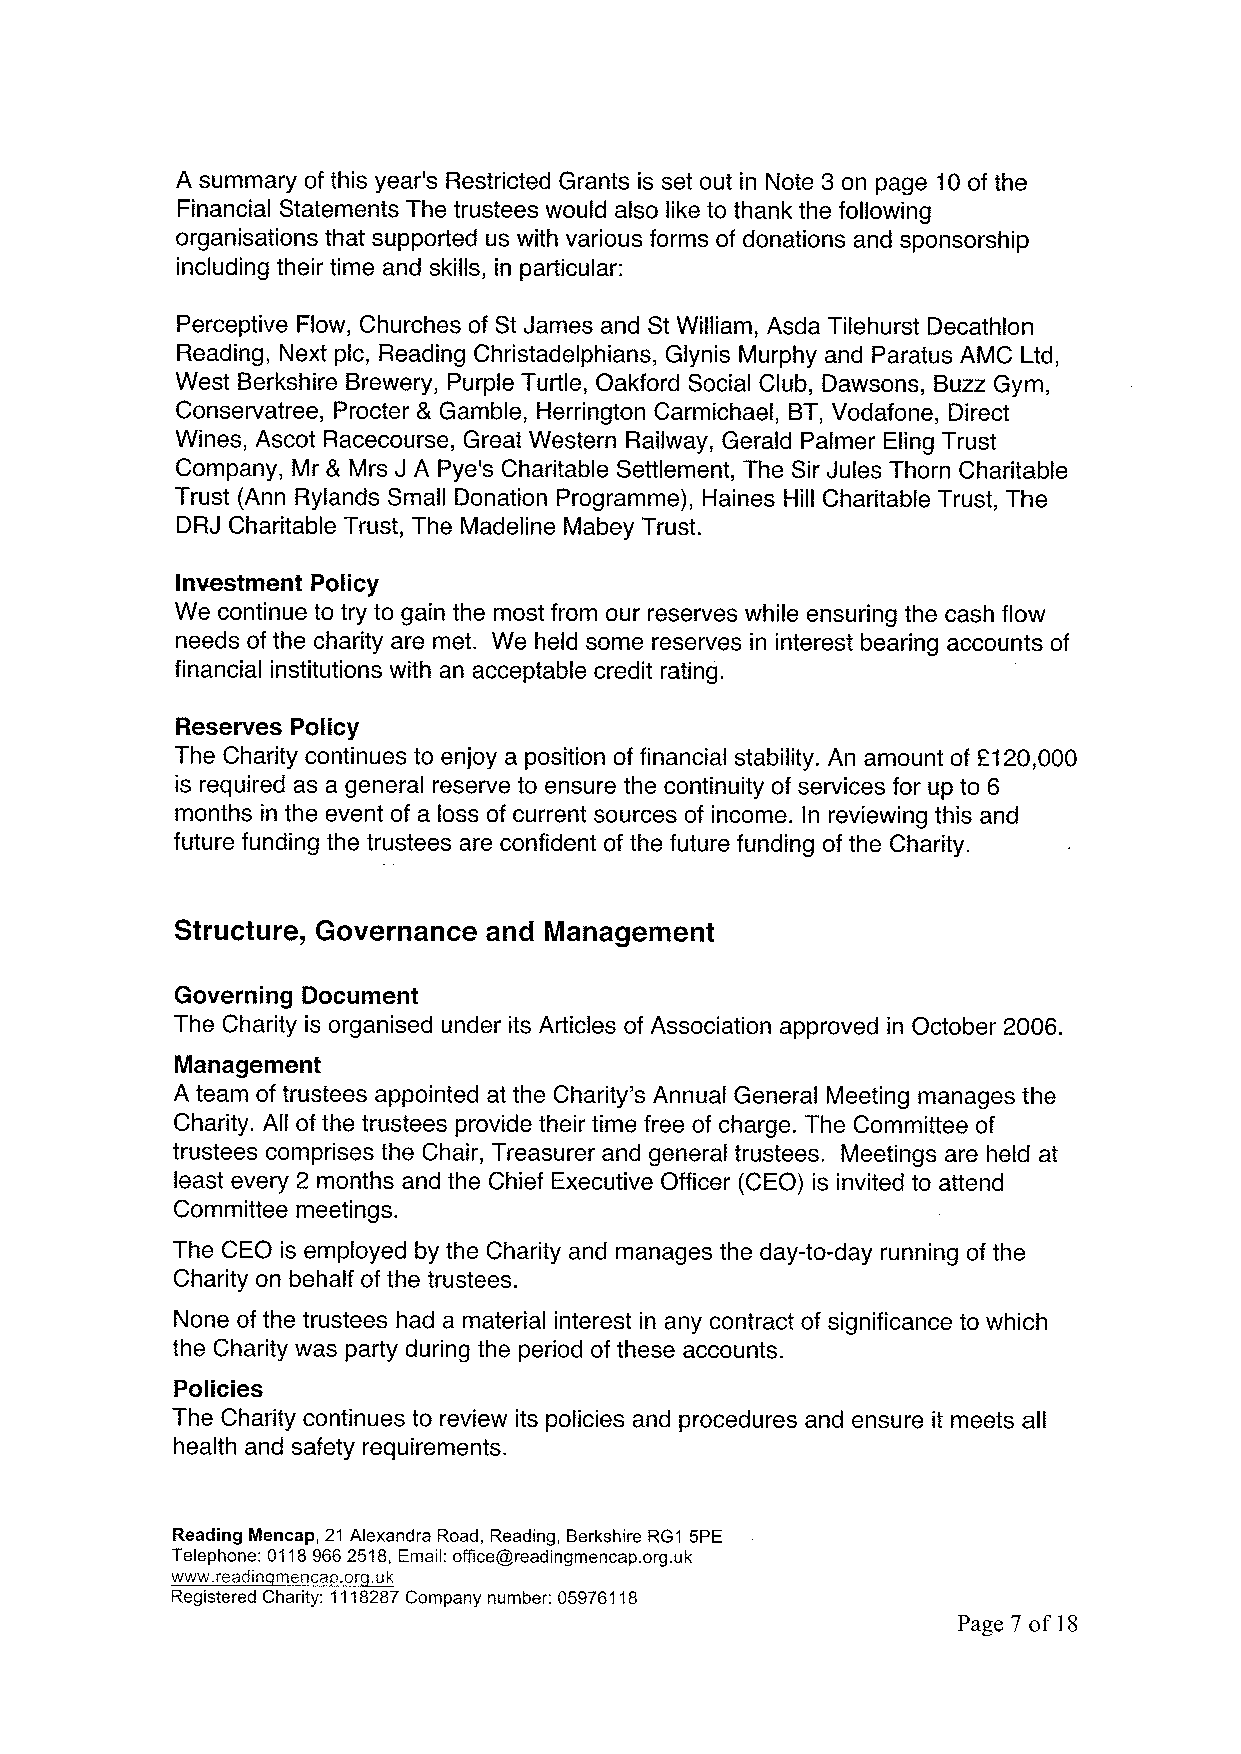
A summary of this year's Restricted Grants is set out in Note 3 on page 10of the
 Financial Statements The trustees would also like to thank the following
 organisations that supported us with various forms of donations and sponsorship
 including their time and skills, in particular:
 Perceptive Flow, Churches of St James and St William, Asda Tilehurst Decathlon
 Reading, Next pic, Reading Christadelphians, Glynis Murphy and Paratus AMC Ltd,
 West Berkshire Brewery, Purple Turtle, Oakford Social Club, Dawsons, Buzz Gym,
 Conservatree, Procter 8 Gamble, Herrington Carmichael, BT, Vodafone, Direct
 Wines, Ascot Racecourse, Great Western Railway, Gerald Palmer Eling Trust
 Company, Mr 8 Mrs J A Pye's Charitable Settlement, The Sir Jules Thorn Charitable
 Trust (Ann Rylands Small Donation Programme), Haines Hill Charitable Trust, The
 DRJ Charitable Trust, The Madeline Mabey Trust.
 Investment Policy
 We continue to try to gain the most from our reserves while ensuring the cash flow
 needs of the charity are met. We held some reserves in interest bearing accounts of
 financial institutions with an acceptable credit rating.
 Reserves Policy
 The Charity continues to enjoy a position of financial stability. An amount of F120,000
 is required as a general reserve to ensure the continuity of services for up to 6
 months in the event of a loss of current sources of income. In reviewing this and
 future funding the trustees are confident of the future funding of the Charity.
 Structure, Governance and Management
 Governing Document
 The Charity is organised under its Articles of Association approved in October 2006.
 Management
 A team of trustees appointed at the Charity's Annual General Meeting manages the
 Charity. All of the trustees provide their time free of charge. The Committee of
 trustees comprises the Chair, Treasurer and general trustees. Meetings are held at
 least every 2 months and the Chief Executive Officer (CEO) is invited to attend
 Committee meetings.
 The CEO is employed by the Charity and manages the day-to-day running of the
 Charity on behalf of the trustees.
 None of the trustees had a material interest in any contract of significance to which
 the Charity was party during the period of these accounts.
 Policies
 The Charity continues to review its policies and procedures and ensure it meets all
 health and safety requirements.
 Reading Mencap, 21 Alexandra Road, Reading, Berkshire RG1 5PE
 Telephone: 01189662518,Email: office@readingmencap. org.uk
 www. readin menca .or .uk
 Registered Charity: 1118287Company number: 05976118
 Page 7 of 18